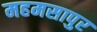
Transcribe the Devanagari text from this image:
महमसापुर